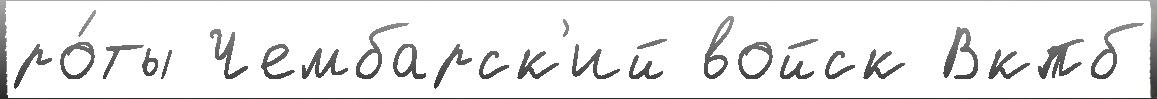
ро́ты Чембарск'ий войск Вкпб